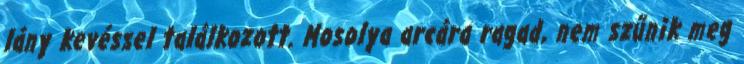
lány kevéssel találkozott. Mosolya arcára ragad, nem szűnik meg